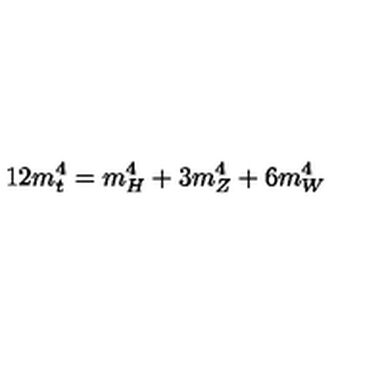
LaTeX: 1 2 m _ { t } ^ { 4 } = m _ { H } ^ { 4 } + 3 m _ { Z } ^ { 4 } + 6 m _ { W } ^ { 4 }